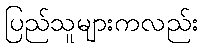
ပြည်သူများကလည်း